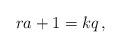
LaTeX: \begin{align*}ra+1=kq\,,\end{align*}